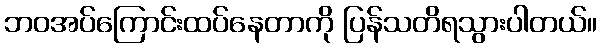
ဘဝအပ်ကြောင်းထပ်နေတာကို ပြန်သတိရသွားပါတယ်။